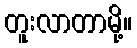
တူးလာတာမို့။